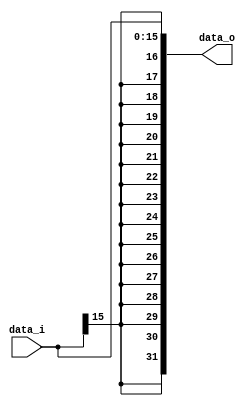
module Sign_Extend( data_i, data_o );

//I/O ports
input	[16-1:0] data_i;
output	[32-1:0] data_o;

//Internal Signals
wire	[32-1:0] data_o;

//Sign extended
/*your code here*/
reg     [32-1:0] data_os;
assign data_o=data_os;
always @* begin
    data_os = {{16{data_i[15]}},data_i[15:0]};
end


endmodule